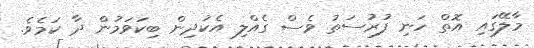
މާލޭގައި އޮތް ހަނި ފުރުސަތު ވެސް ގެއްލި އެކުދިން ބިކަވަމުން ދާ ކަމެވެ.